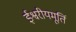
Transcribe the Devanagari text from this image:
ईश्वरीयमूर्ति